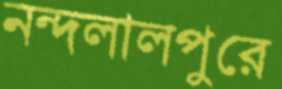
নন্দলালপুরে